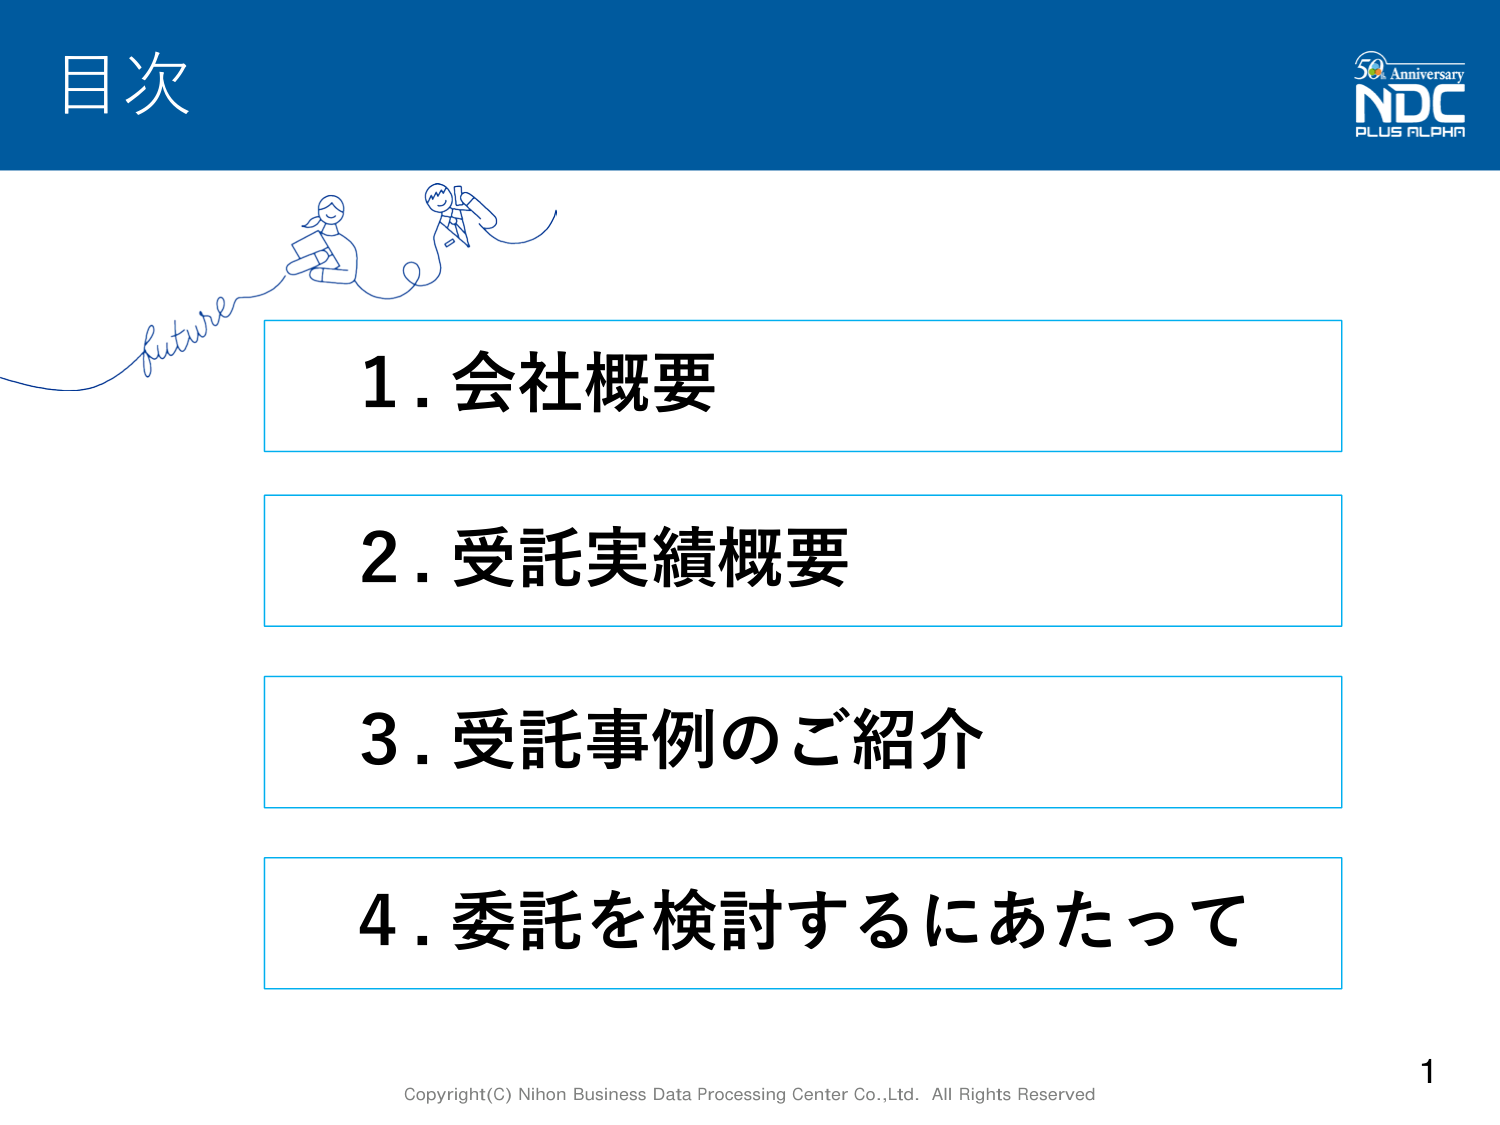
目次

50 Anniversary
NDC
PLUS ALPHA

future

1. 会社概要
2. 受託実績概要
3. 受託事例のご紹介
4. 委託を検討するにあたって

Copyright(C) Nihon Business Data Processing Center Co.,Ltd. All Rights Reserved

1